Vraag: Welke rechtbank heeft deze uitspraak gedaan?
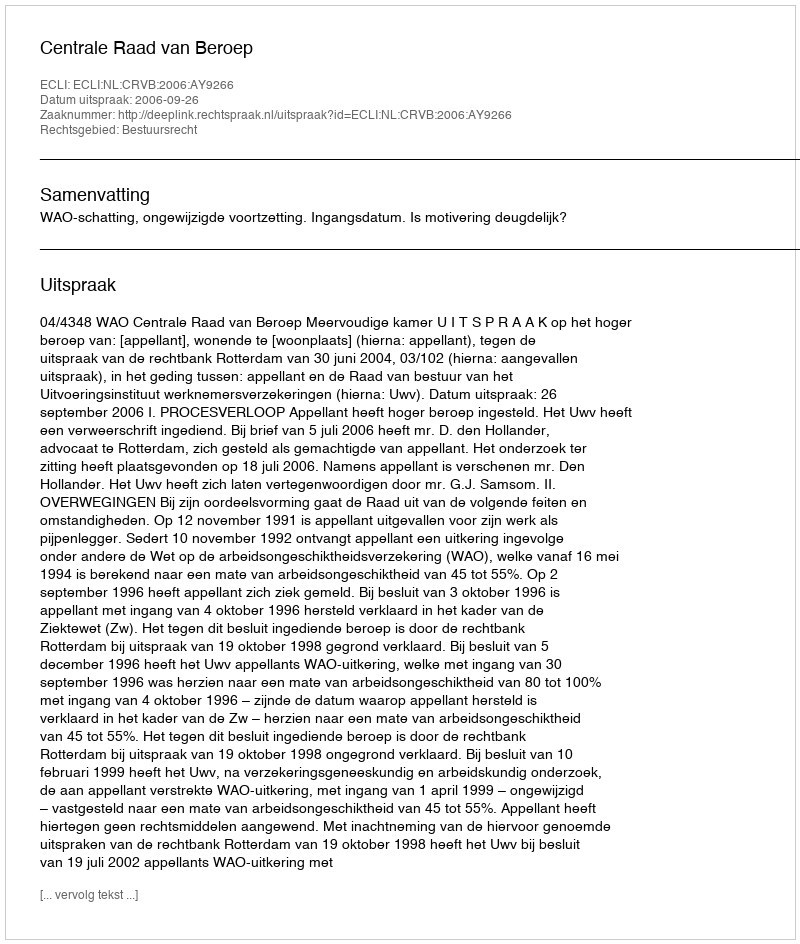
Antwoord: Centrale Raad van Beroep